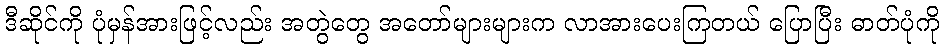
ဒီဆိုင်ကို ပုံမှန်အားဖြင့်လည်း အတွဲတွေ အတော်များများက လာအားပေးကြတယ် ပြောပြီး ဓာတ်ပုံကို